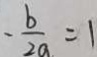
- \frac { b } { 2 a } = 1